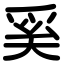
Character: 奚